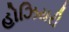
હોઝિયરી